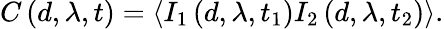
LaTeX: C\left(d,\lambda,t\right)=\left\langle I_{1}\left(d,\lambda,t_{1}\right)I_{2}\left(d,\lambda,t_{2}\right)\right\rangle.